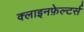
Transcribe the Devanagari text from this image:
क्लाइनफ़ेल्टर्स